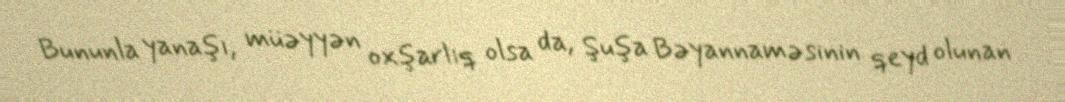
Bununla yanaşı, müəyyən oxşarlıq olsa da, Şuşa Bəyannaməsinin qeyd olunan